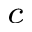
_ c